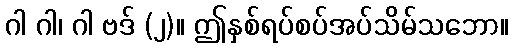
ဂါ ဂါ၊ ဂါ ဗဒ် (၂)။ ဤနှစ်ရပ်စပ်အပ်သိမ်သဘော။